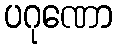
ပဂုဏော